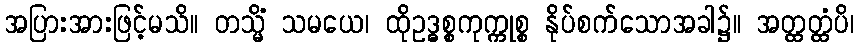
အပြားအားဖြင့်မသိ။ တသ္မိံ သမယေ၊ ထိုဥဒ္ဓစ္စကုက္ကုစ္စ နိုပ်စက်သောအခါ၌။ အတ္ထတ္ထံပိ၊